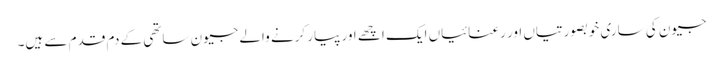
جیون کی ساری خوبصورتیاں اور رعنائیاں ایک اچھے اور پیار کرنے والے جیون ساتھی کے دم قدم سے ہیں۔